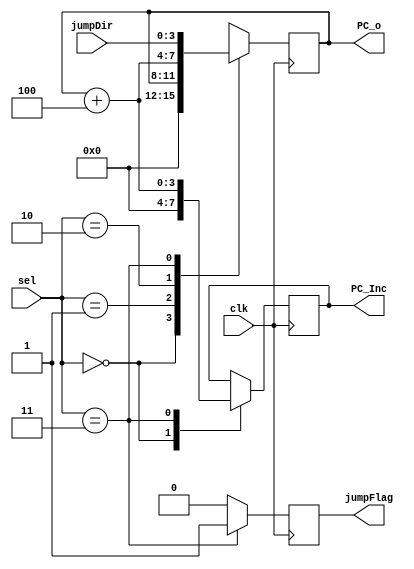
`timescale 1ns / 1ps

module ProgramCounter #(parameter N=4)(jumpDir, PC_o, clk, jumpFlag, sel, PC_Inc);

	input       [N-1:0] jumpDir;
	input                   clk;
	input         [1:0] sel;

	output reg  [N-1:0]  PC_o = 0;
	output reg  [N-1:0]  PC_Inc = 0;
    output reg jumpFlag = 0;

    always @(posedge clk)
    begin
        jumpFlag <= 0;
    	case (sel)
    	2'b00: begin // reset
    	#1
    	       PC_o <= 0;
    	       #1 PC_Inc <= 0;
           end
        2'b01: #1 PC_o <= PC_o; // hold
        2'b10: #1 PC_o <= (PC_o + 3'b100); // PC+4
        2'b11: begin // jump
               #1 PC_Inc <= PC_o + 3'b100;
               #1 PC_o <= jumpDir;
               #1 jumpFlag <= 1;
    	   end
    	endcase
    end

endmodule